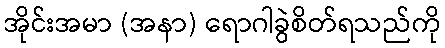
အိုင်းအမာ (အနာ) ရောဂါခွဲစိတ်ရသည်ကို